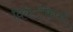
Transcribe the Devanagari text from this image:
विकेटकिपर